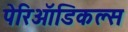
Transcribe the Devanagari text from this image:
पेरिऑडिकल्स